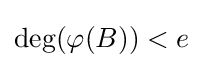
\deg(\varphi (B))<e